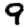
Digit: 9